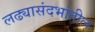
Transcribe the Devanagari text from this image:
लढ्यासंदर्भातील